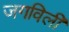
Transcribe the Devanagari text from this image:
जगविली